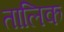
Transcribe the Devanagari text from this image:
तालिक